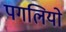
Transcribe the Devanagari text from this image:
पगलियो